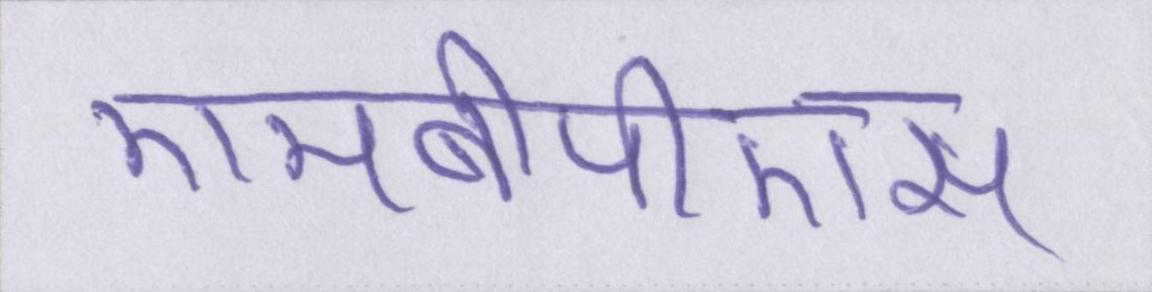
एमबीपीएस